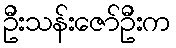
ဦးသန်းဇော်ဦးက